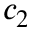
c _ { 2 }